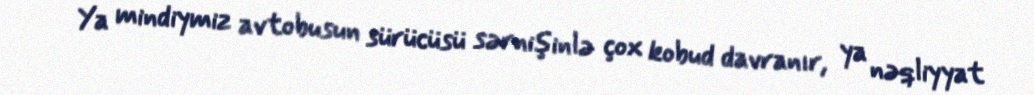
Ya mindiymiz avtobusun sürücüsü sərnişinlə çox kobud davranır, ya nəqliyyat